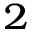
^ 2